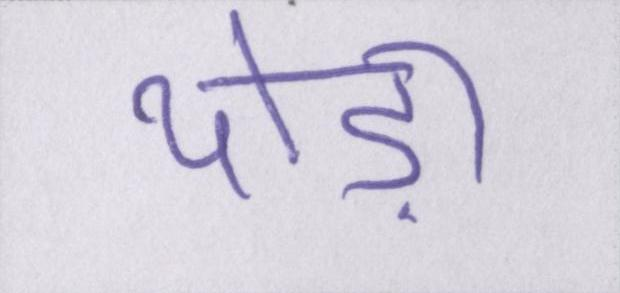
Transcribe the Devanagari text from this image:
थोड़ा